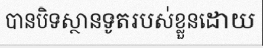
បានបិទស្ថានទូតរបស់ខ្លួនដោយ